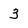
Character: 3